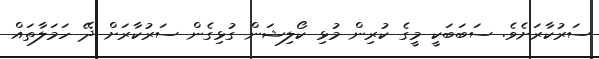
ސަރުކާރަށެވެ. ސަބަބަކީ މީގެ ކުރިން މުޅި ކޯލިޝަން ގުޅިގެން ސަރުކާރަށް ދޭ ހަމަލާތައް